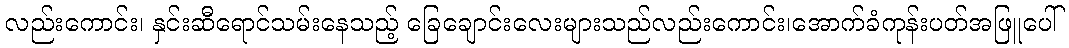
လည်းကောင်း၊ နှင်းဆီရောင်သမ်းနေသည့် ခြေချောင်းလေးများသည်လည်းကောင်း၊အောက်ခံကုန်းပတ်အဖြူပေါ်